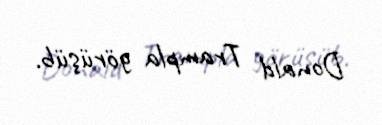
Donald Trampla görüşüb.